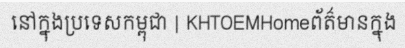
នៅក្នុងប្រទេសកម្ពុជា | KHTOEMHomeព័ត៌មានក្នុង